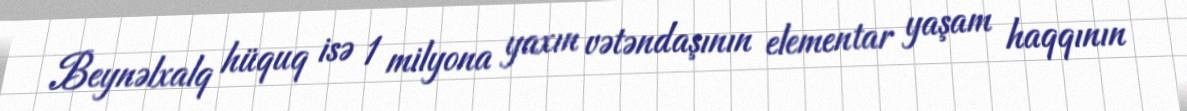
Beynəlxalq hüquq isə 1 milyona yaxın vətəndaşının elementar yaşam haqqının